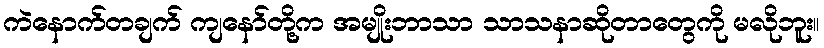
ကဲနောက်တချက် ကျနော်တို့က အမျိုးဘာသာ သာသနာဆိုတာတွေကို မလိုဘူး။